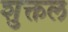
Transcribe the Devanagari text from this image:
शुक्तल